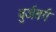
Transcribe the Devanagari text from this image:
वुर्जबर्ग